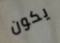
يكون